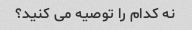
نه کدام را توصیه می کنید؟